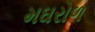
મઘરોળ